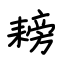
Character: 耪